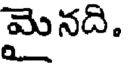
మైనది.